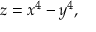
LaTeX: z = x ^ { 4 } - y ^ { 4 } ,